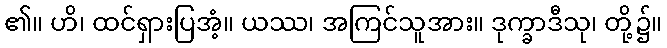
၏။ ဟိ၊ ထင်ရှားပြအံ့။ ယဿ၊ အကြင်သူအား။ ဒုက္ခာဒီသု၊ တို့၌။